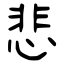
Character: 悲